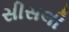
સીસલી